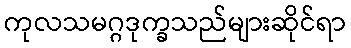
ကုလသမဂ္ဂဒုက္ခသည်များဆိုင်ရာ